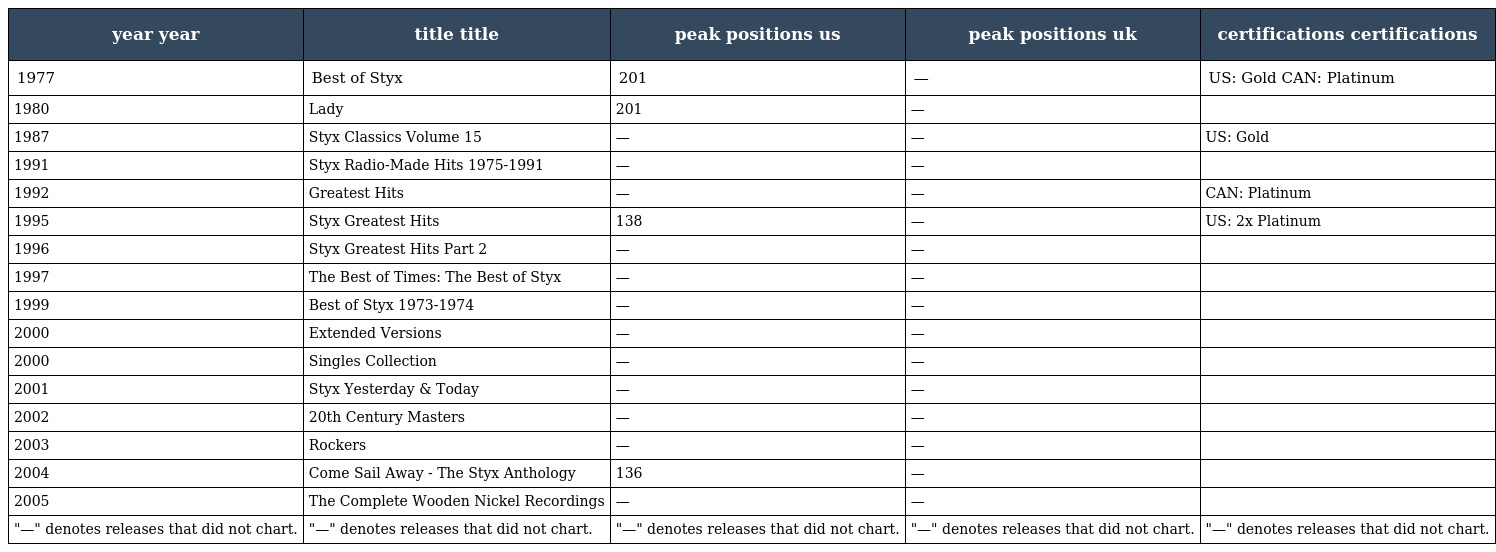
| year year | title title | peak positions us | peak positions uk | certifications certifications |
 | --- | --- | --- | --- | --- |
 | 1977 | Best of Styx | 201 | — | US: Gold CAN: Platinum |
 | 1980 | Lady | 201 | — |  |
 | 1987 | Styx Classics Volume 15 | — | — | US: Gold |
 | 1991 | Styx Radio-Made Hits 1975-1991 | — | — |  |
 | 1992 | Greatest Hits | — | — | CAN: Platinum |
 | 1995 | Styx Greatest Hits | 138 | — | US: 2x Platinum |
 | 1996 | Styx Greatest Hits Part 2 | — | — |  |
 | 1997 | The Best of Times: The Best of Styx | — | — |  |
 | 1999 | Best of Styx 1973-1974 | — | — |  |
 | 2000 | Extended Versions | — | — |  |
 | 2000 | Singles Collection | — | — |  |
 | 2001 | Styx Yesterday & Today | — | — |  |
 | 2002 | 20th Century Masters | — | — |  |
 | 2003 | Rockers | — | — |  |
 | 2004 | Come Sail Away - The Styx Anthology | 136 | — |  |
 | 2005 | The Complete Wooden Nickel Recordings | — | — |  |
 | "—" denotes releases that did not chart. | "—" denotes releases that did not chart. | "—" denotes releases that did not chart. | "—" denotes releases that did not chart. | "—" denotes releases that did not chart. |